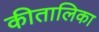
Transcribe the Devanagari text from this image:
कीतालिका